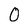
Character: O